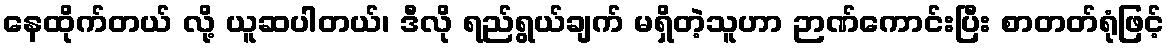
နေထိုက်တယ် လို့ ယူဆပါတယ်၊ ဒီလို ရည်ရွယ်ချက် မရှိတဲ့သူဟာ ဉာဏ်ကောင်းပြီး စာတတ်ရုံဖြင့်